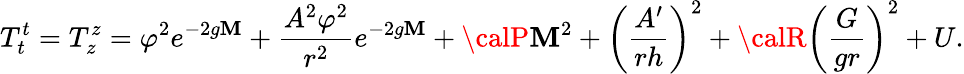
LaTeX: T_{t}^{t}=T_{z}^{z}=\varphi^{2}e^{-2g\mathbf{M}}+\frac{{A^{2}\varphi^{2}}}{{r^{2}}}e^{-2g\mathbf{M}}+{\calP}\mathbf{M}^{2}+\left(\frac{{A^{\prime}}}{{rh}}\right)^{2}+{\calR}\left(\frac{{G}}{{gr}}\right)^{2}+U.